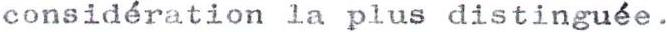
considération la plus distinguée.